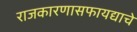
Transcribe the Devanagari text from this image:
राजकारणासफायद्याचे